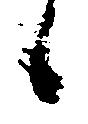
候